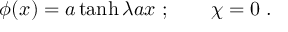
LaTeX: \phi ( x ) = a \operatorname { t a n h } \lambda a x ~ ; \qquad \chi = 0 ~ .